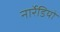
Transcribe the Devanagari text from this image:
नार्रेडियो